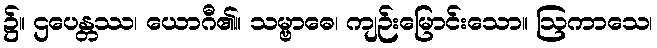
၌။ ဌပေန္တဿ၊ ယောဂီ၏။ သမ္ဗာဓေ၊ ကျဉ်းမြောင်းသော။ ဩကာသေ၊